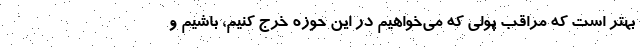
بهتر است که مراقب پولی که می‌خواهیم در این حوزه خرج کنیم، باشیم و